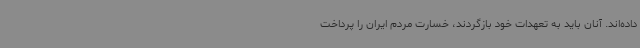
داده‌اند. آنان باید به تعهدات خود بازگردند، خسارت مردم ایران را پرداخت